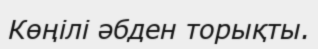
Көңілі әбден торықты.